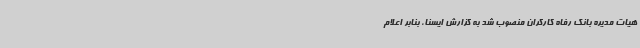
هیات مدیره بانک رفاه کارگران منصوب شد به گزارش ایسنا، بنابر اعلام